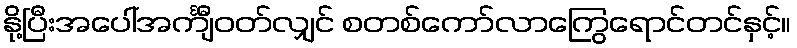
နို့ပြီးအပေါ်အင်္ကျီဝတ်လျှင် စတစ်ကော်လာကြွေရောင်တင်နှင့်။